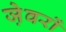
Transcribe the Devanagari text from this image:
जे़वरों